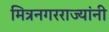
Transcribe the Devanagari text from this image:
मित्रनगरराज्यांनी